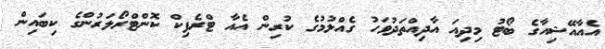
އެއާއޭޝިއާގެ ބޯޓު މިދިއަ އާދިއްތަދުވަހު ގެއްލުމުގެ ކުރިން އެއާ ޓްރެފިކް ކޮންޓްރޯލަރުންގެ ކިބައިން